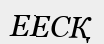
ЕЕСҚ